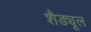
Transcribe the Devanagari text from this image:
शैड्यूल